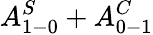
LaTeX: A_{1-0}^{S}+A_{0-1}^{C}